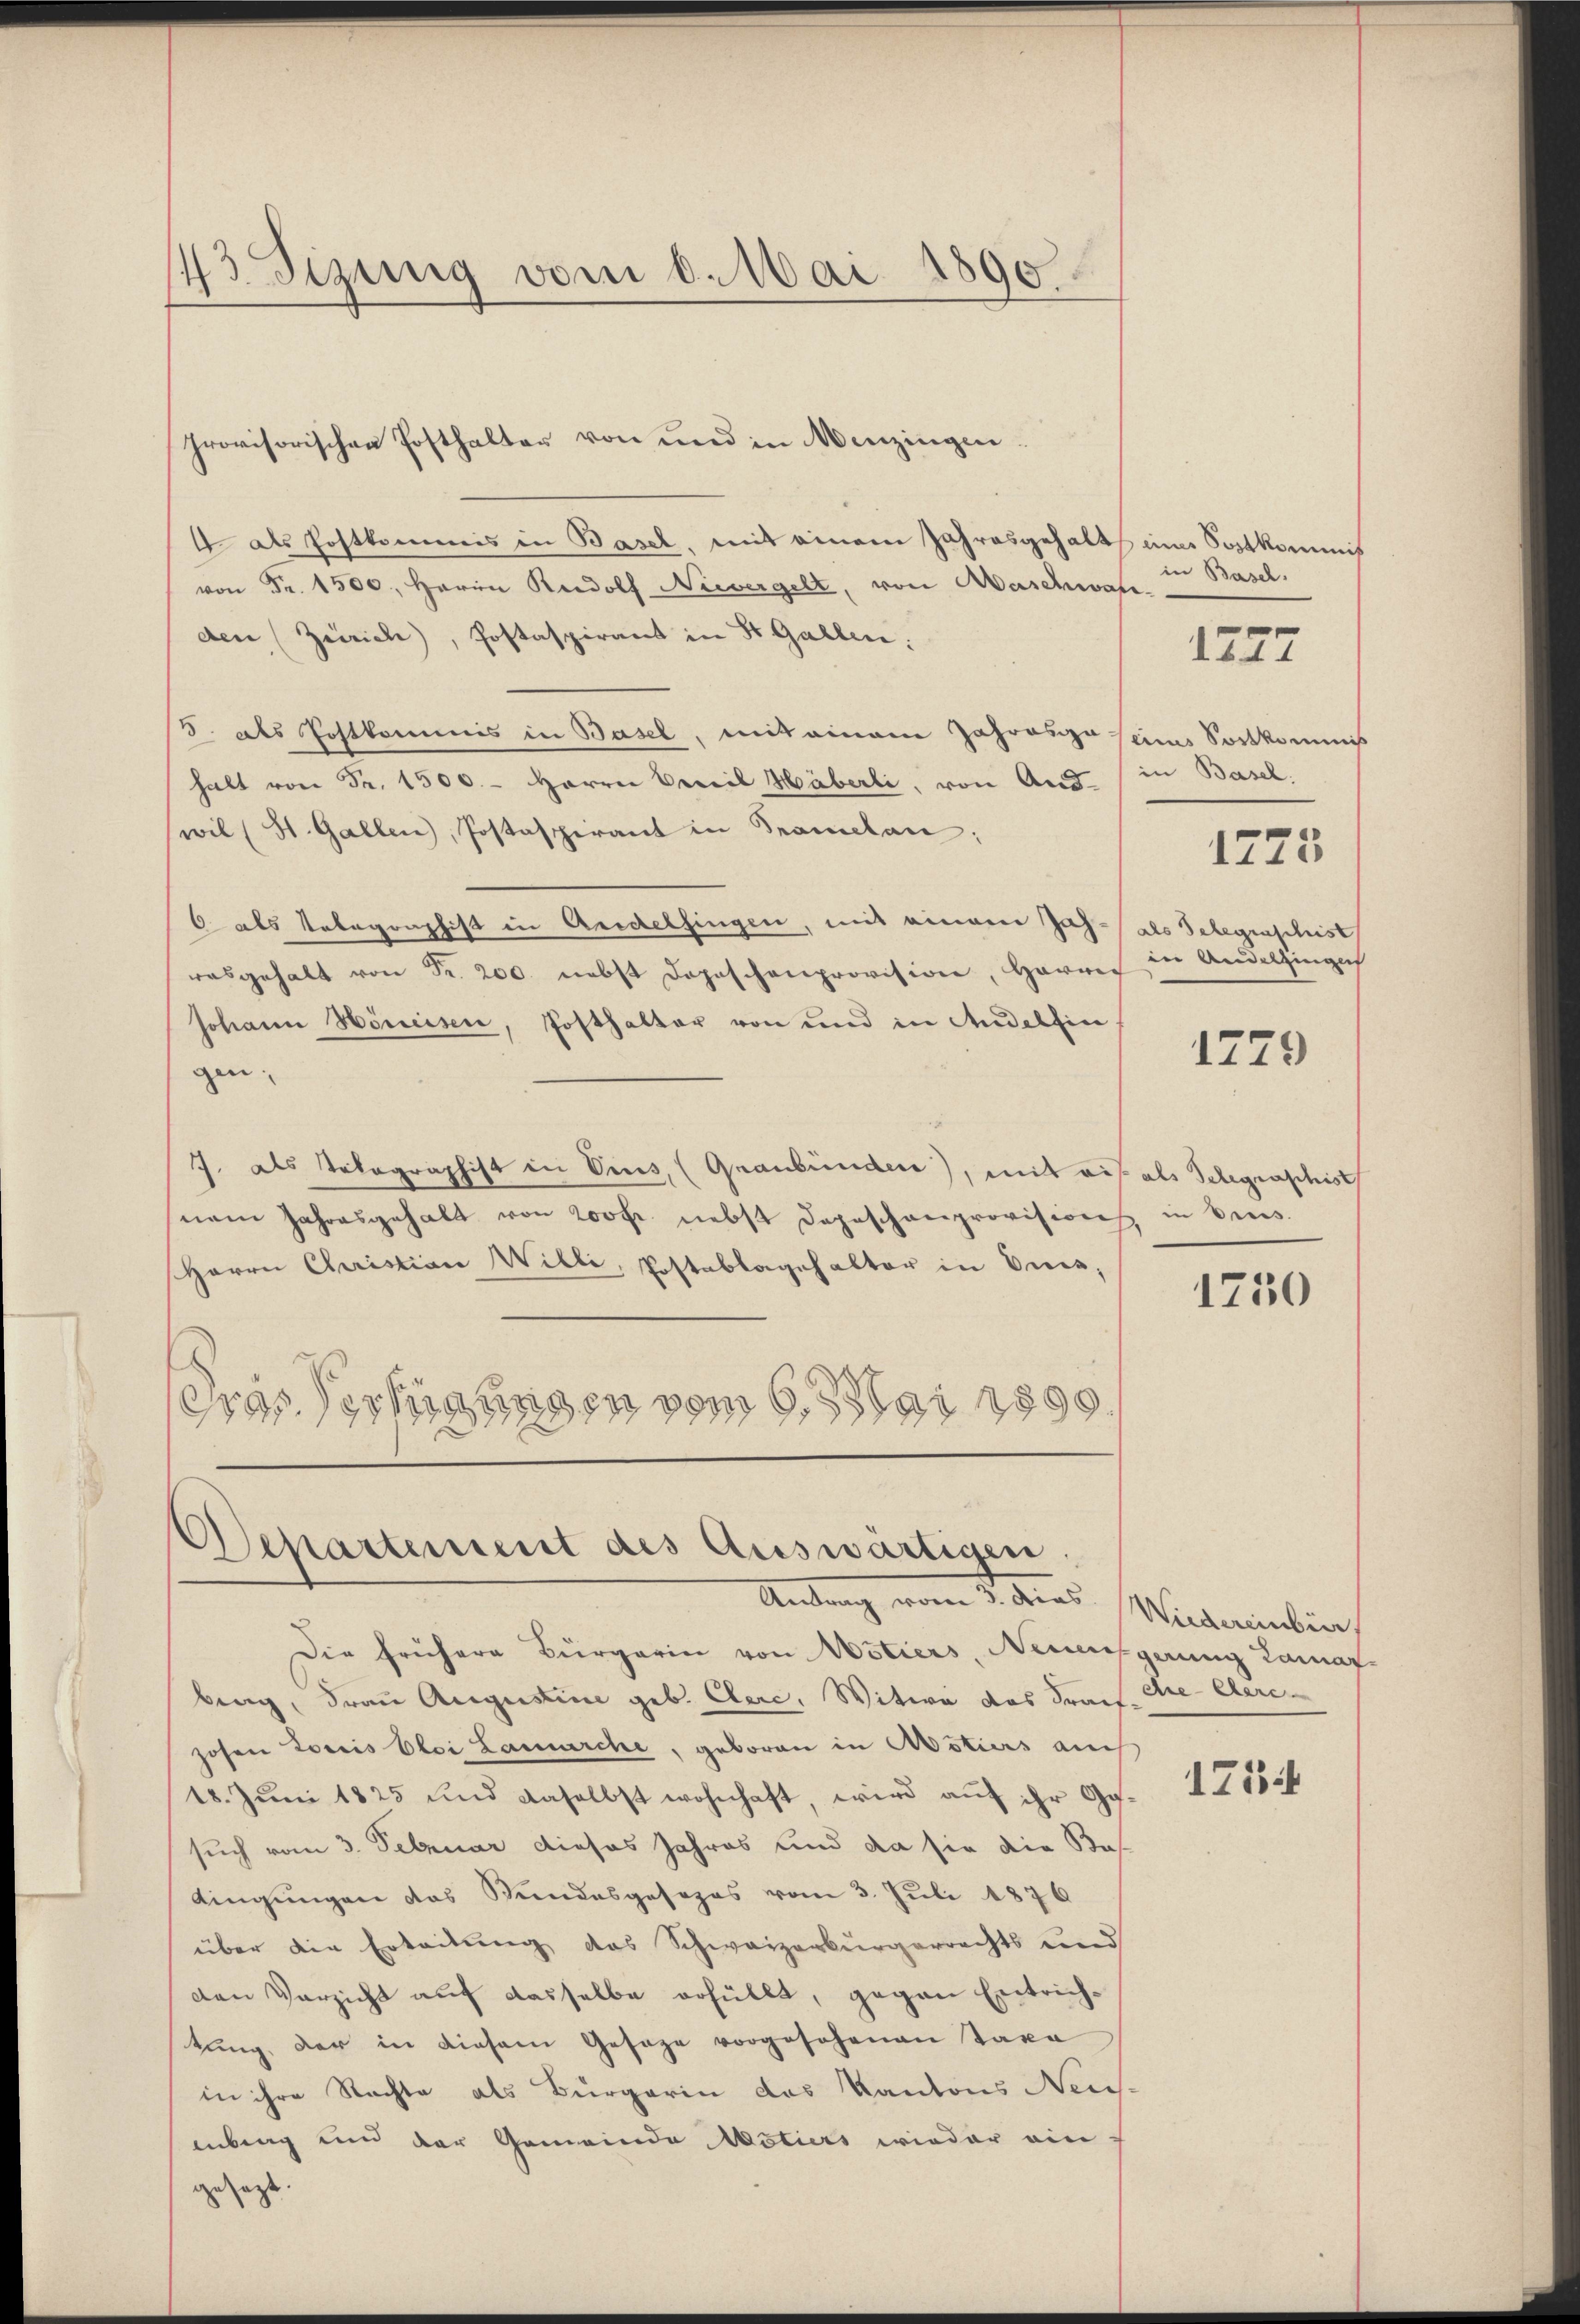
43 Sizung vom 8. Mai 1890

provisorischen Posthalter von und in Menzingen.
4 als Postkommis in Basel, mit einem Jahresgehalts eine Sortkommis
 Fr. 1500. Herrn Rudolf Nievergelt, von Aeschwan-
den (Zürich), Postaspirant in St. Gallen:
S. als Postkommis in Basel, mit einem Jahrenge eines Sortkommis
halt von Fr. 1500. - Herrn Beweil Häberli, von And-
wil (St. Gallen, Postaspirant in Samtan;
6 als Telegraphist in Andelfingen, mit einem Jah-(als Gelegenschist
asgehalt von Fr. 200. nebst Depeschenprovision, Harrer in Andelfingen
Johann Höneisen, Posthalter von und in Andelfin
gen.
J. als Telegraphist in Vis, (Graubünden), mit eis als Schegraschist
nem Jahresgehalt von 200 fr. nebst Depeschenprovisions in Brus.
Herrn Christian Willi, Postablagehalter in Eues,
drassertigungen vom 6. ster 1890

Departement des Auswärtigen.
Antrag vom 2. Mias Wiederanbich

Die frühere Bürgerin von stiers, Neunfgerung Lamaf-
berg, Frau Augustine geb. Clerc, Witwe das Prac. Gre- Cere-
zosen Loris Oloi Lamarche, geboren in Actiers auch
18. Juni 1825 und daselbst wohnhaft, wird auf ihr Gesuch vom 3. Februar dieses Jahres und da sie die Bas-
dingungen das Bundesgesezes vom 3. Juli 1876
über die Erleitung das Schweizerbürgerrechts und
den Verzicht auf dasselbe erhüllt, gegen Entrichtung, der in diesem Gesage vorgesehenen Taxa
in ihre Rechte als Bürgerin des Kantons Neu-
enberg und der Gemeinde Motiers wieder ein
gesagte.

in Basel,

1277

in Basel.

e
1145

1779

1750

1754